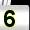
Digit: 5